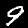
Label: 9